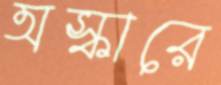
অস্কারে